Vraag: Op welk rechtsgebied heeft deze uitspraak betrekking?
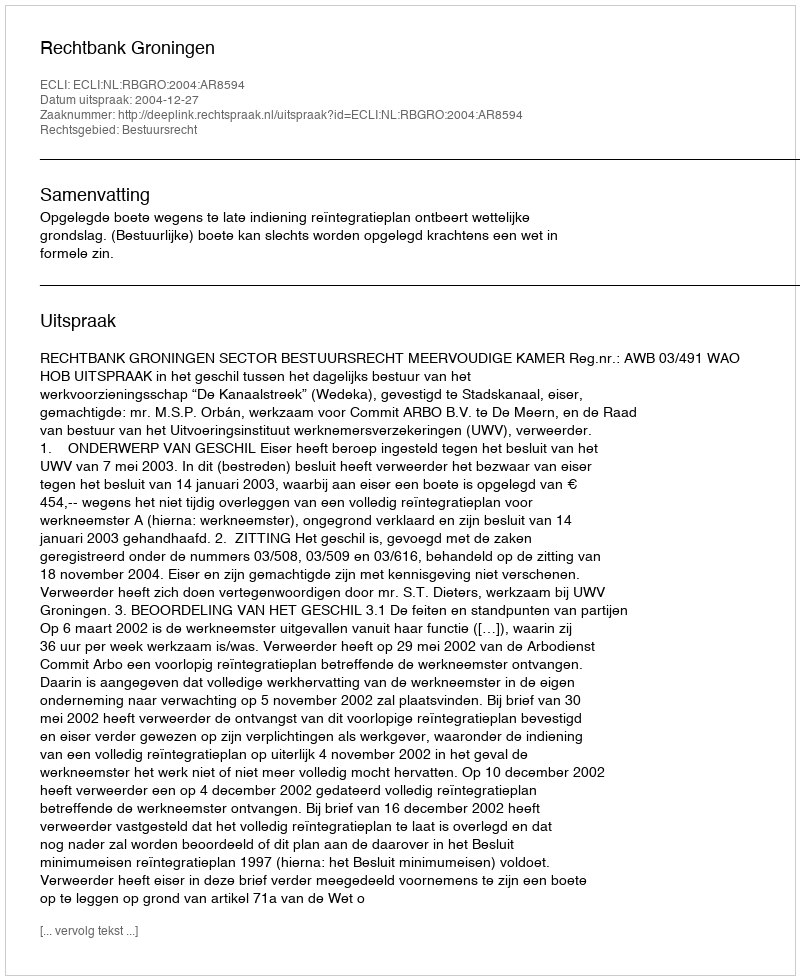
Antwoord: Bestuursrecht